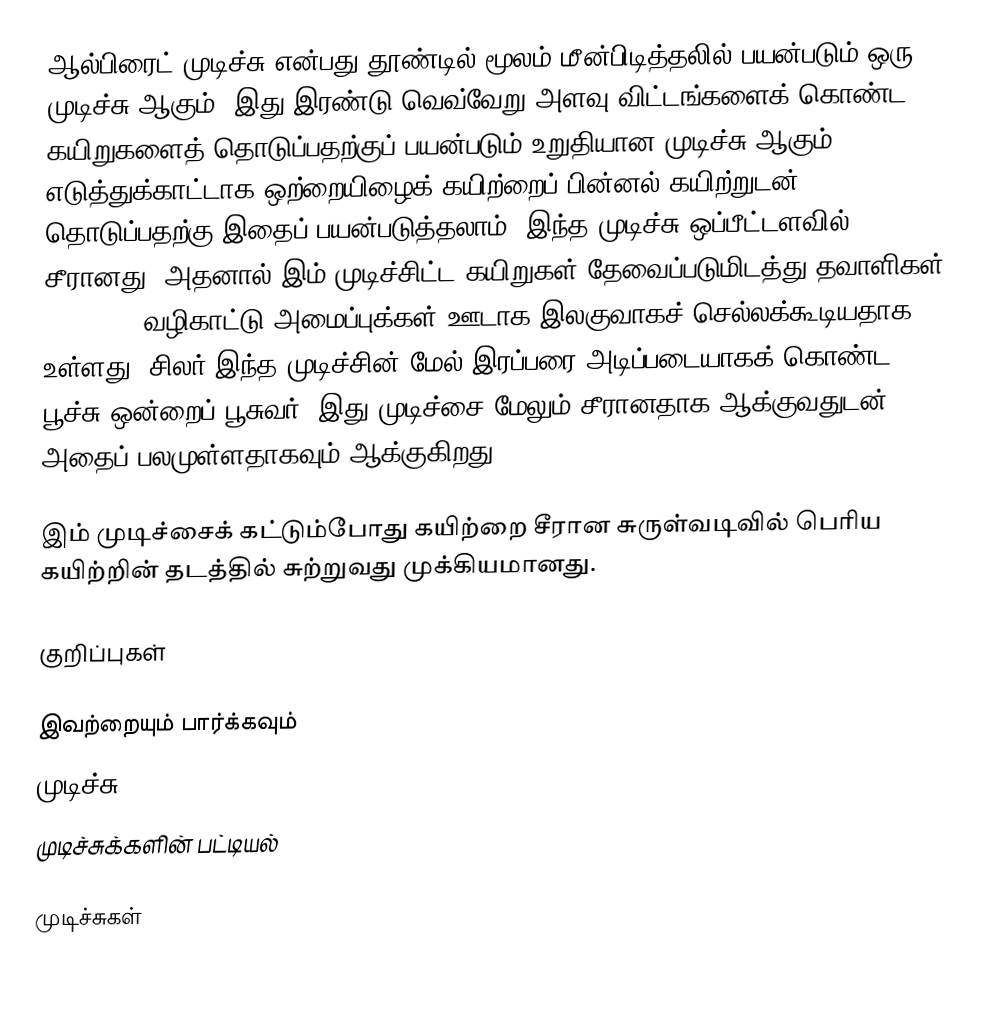
ஆல்பிரைட் முடிச்சு என்பது தூண்டில் மூலம் மீன்பிடித்தலில் பயன்படும் ஒரு முடிச்சு ஆகும். இது இரண்டு வெவ்வேறு அளவு விட்டங்களைக் கொண்ட கயிறுகளைத் தொடுப்பதற்குப் பயன்படும் உறுதியான முடிச்சு ஆகும். எடுத்துக்காட்டாக ஒற்றையிழைக் கயிற்றைப் பின்னல் கயிற்றுடன் தொடுப்பதற்கு இதைப் பயன்படுத்தலாம். இந்த முடிச்சு ஒப்பீட்டளவில் சீரானது. அதனால் இம் முடிச்சிட்ட கயிறுகள் தேவைப்படுமிடத்து தவாளிகள் (groove), வழிகாட்டு அமைப்புக்கள் ஊடாக இலகுவாகச் செல்லக்கூடியதாக உள்ளது. சிலர் இந்த முடிச்சின் மேல் இரப்பரை அடிப்படையாகக் கொண்ட பூச்சு ஒன்றைப் பூசுவர். இது முடிச்சை மேலும் சீரானதாக ஆக்குவதுடன், அதைப் பலமுள்ளதாகவும் ஆக்குகிறது.

இம் முடிச்சைக் கட்டும்போது கயிற்றை சீரான சுருள்வடிவில் பெரிய கயிற்றின் தடத்தில் சுற்றுவது முக்கியமானது.

குறிப்புகள்

இவற்றையும் பார்க்கவும்
 முடிச்சு
 முடிச்சுக்களின் பட்டியல்

முடிச்சுகள்